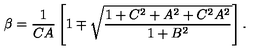
\beta = { \frac { 1 } { C A } } \left[ 1 \mp \sqrt { \frac { 1 + C ^ { 2 } + A ^ { 2 } + C ^ { 2 } A ^ { 2 } } { 1 + B ^ { 2 } } } \right] .